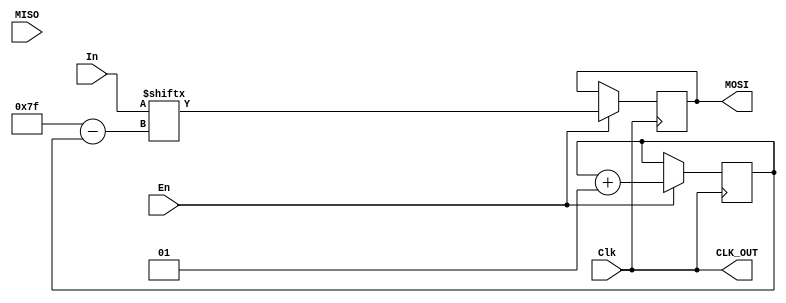
module Master#(parameter lenght=128)(Clk,MISO,En,In,MOSI,CLK_OUT);
input MISO;
input En;
input[0:lenght-1] In;
input Clk;
output MOSI;
output CLK_OUT;
reg Out;
integer i=0; 
assign CLK_OUT=Clk;

always@(posedge Clk)
begin
if(En)
begin
Out=In[i];
i=i+1;
end
end

assign MOSI=Out;
endmodule